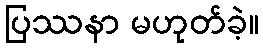
ပြဿနာ မဟုတ်ခဲ့။